Kambja_algkool, lk 120
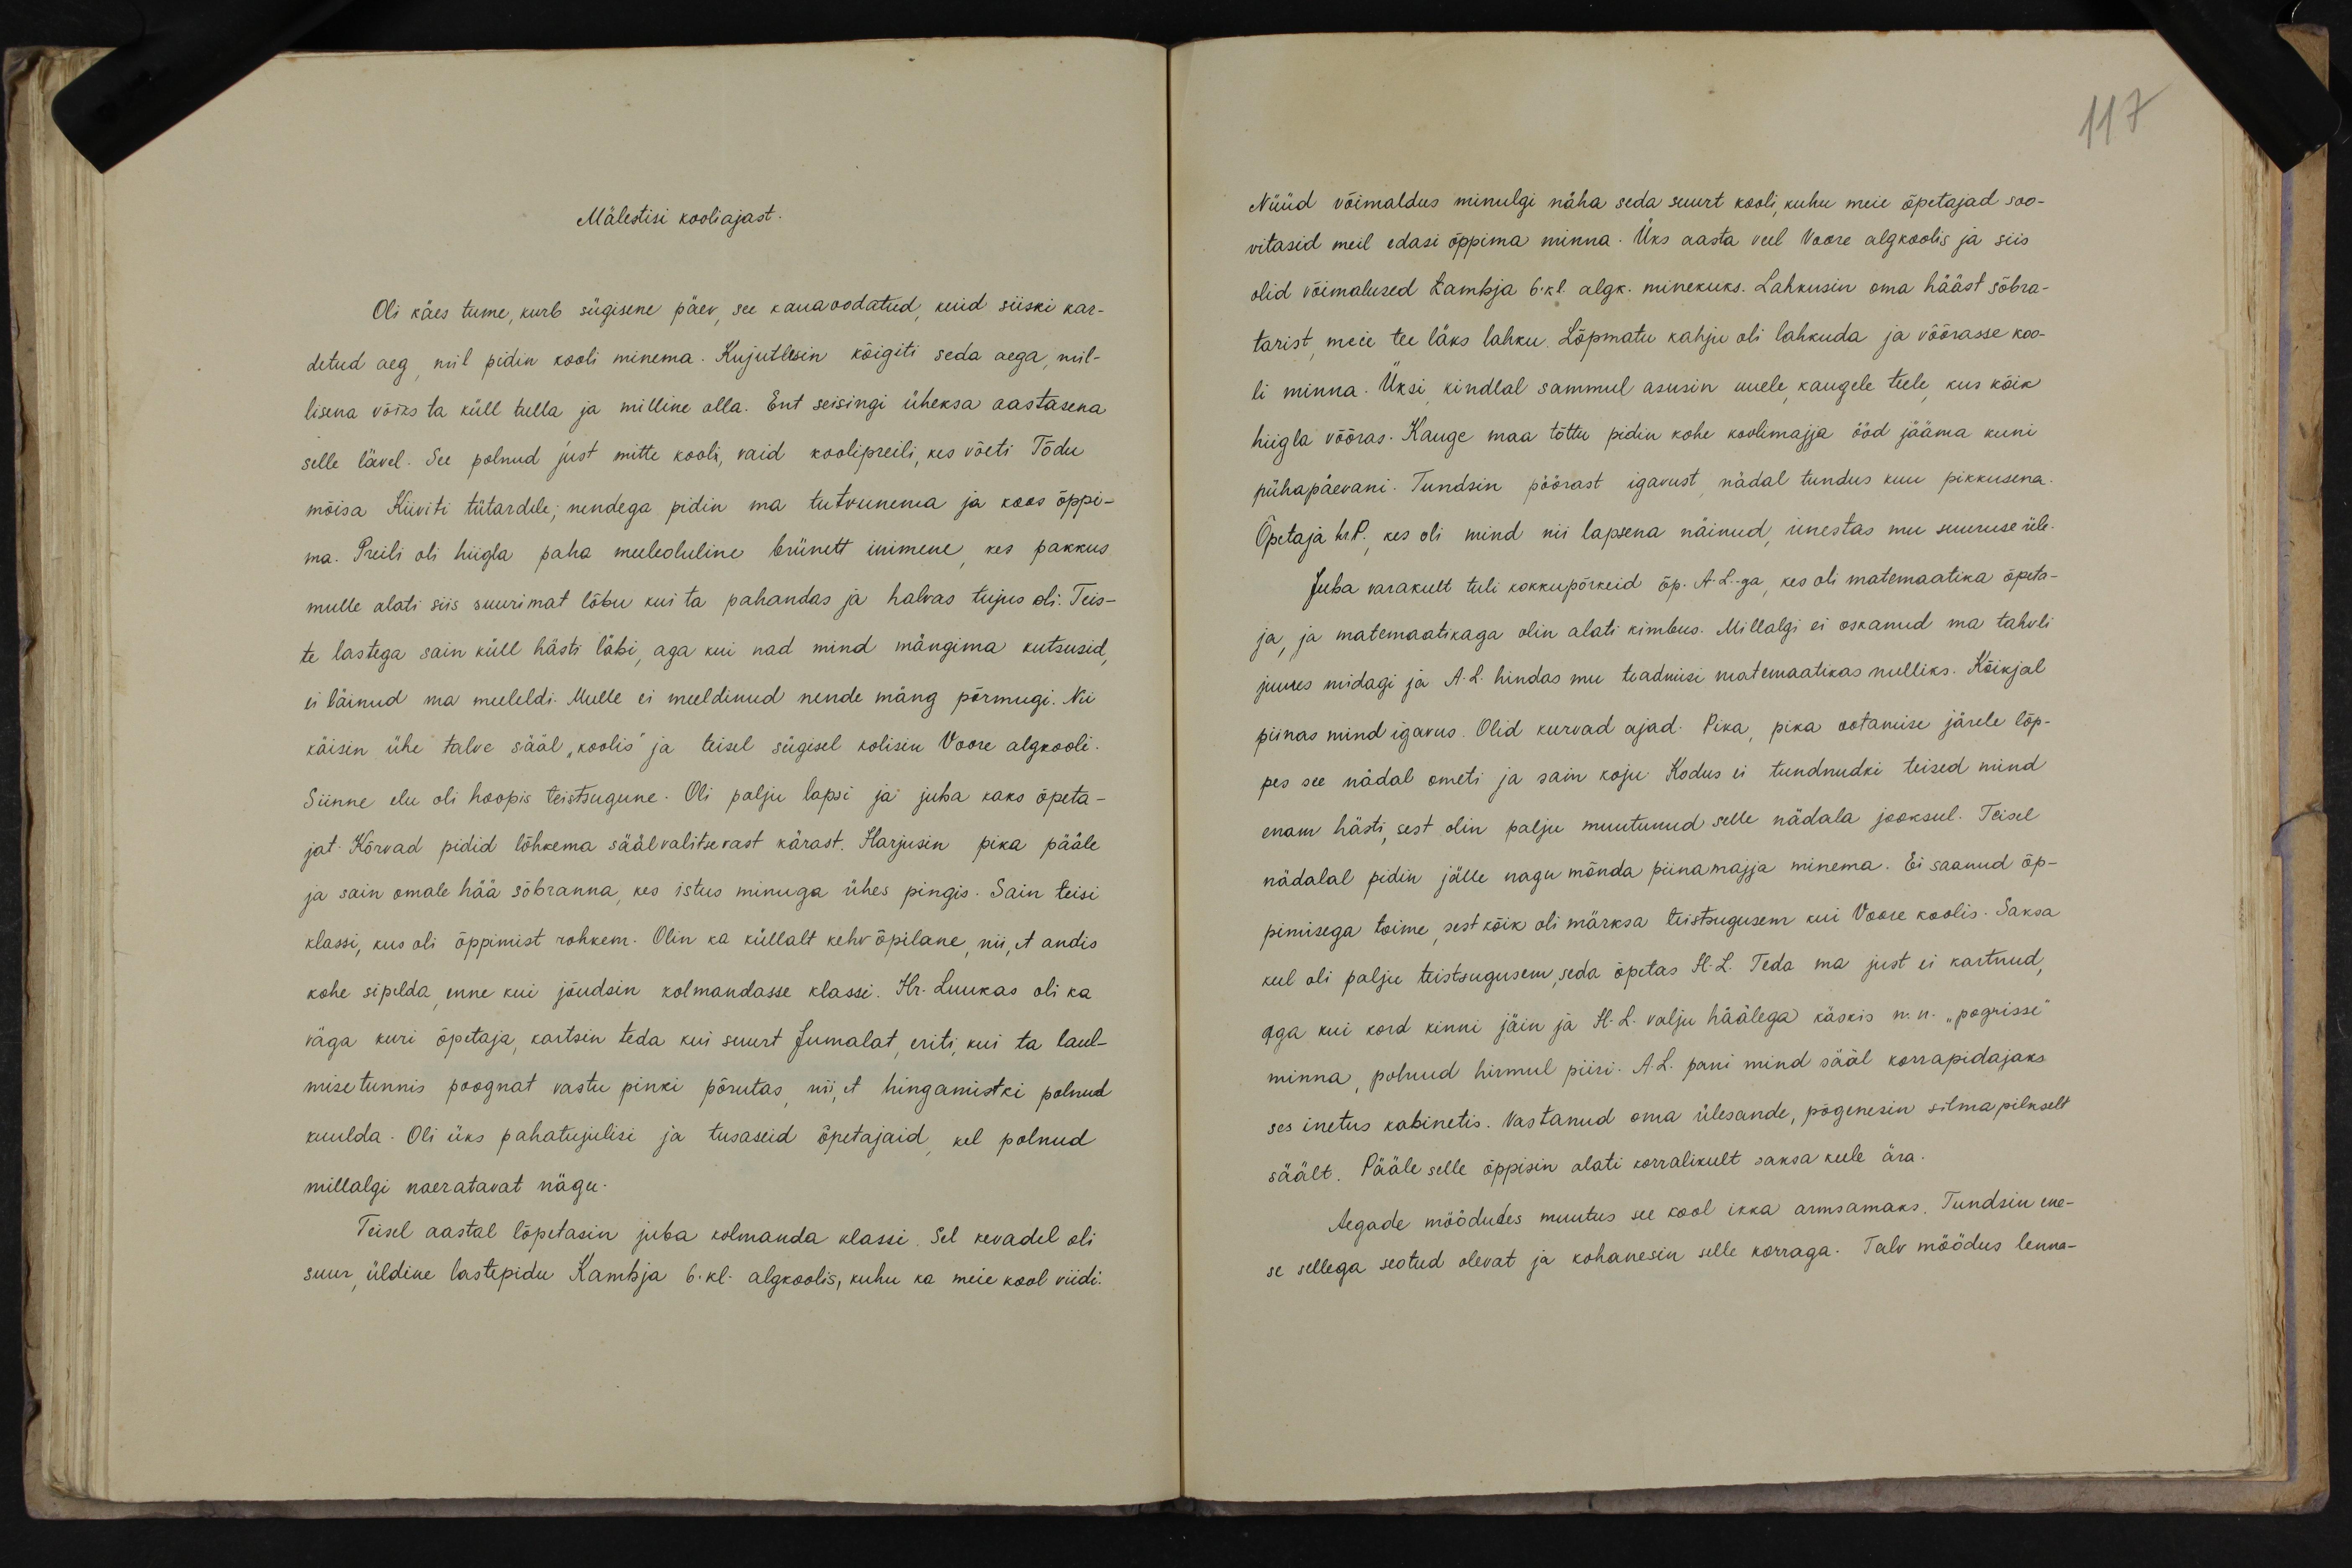
117

Mälestisi kooliajast.
Oli käes tume, kurb sügisene päev, see kauaoodatud, kuid siiski kar-
detud aeg, mil pidin kooli minema. Kujutlesin kõigiti seda aega, mil-
lisena võiks ta küll tulla ja milline olla. Ent seisingi üheksa aastasena
selle lävel. See polnud just mitte kooli, vaid koolipreili, kes võeti Tõdu
mõisa Kiiviti tütardele; nendega pidin ma tutvunema ja koos õppi-
ma. Preili oli hiigla paha meeleoluline brünett inimene, kes pakkus
mulle alati siis suurimat lõbu kui ta pahandas ja halvas tujus oli. Teis-
te lastega sain küll hästi läbi, aga kui nad mind mängima kutsusid,
ei läinud ma meeleldi. Mulle ei meeldinud nende mäng põrmugi. Nii
käisin ühe talve sääl "koolis" ja teisel sügisel kolisin Voore algkooli.
Siinne elu oli hoopis teistsugune. Oli palju lapsi ja juba kaks õpeta-
jat. Kõrvad pidid lõhkema säälvalitsevast kärast. Harjusin pika pääle
ja sain omale hää sõbranna, kes istus minuga ühes pingis. Sain teisi
klassi, kus oli õppimist rohkem. Olin ka küllalt kehv õpilane, nii, et andis
kohe sipelda, enne kui jõudsin kolmandasse klassi. Hr. Luukas oli ka-
väga kuri õpetaja, kartsin teda kui suurt Jumalat, eriti, kui ta laul-
misetunnis poognat vastu pinki põrutas, nii, et hingamistki polnud
kuulda. Oli üks pahatujulisi ja tusaseid õpetajaid, kel polnud
millalgi naeratavat nägu.
Teisel aastal lõpetasin juba kolmanda klassi. Sel kevadel oli
suur, üldine lastepidu Kambja 6.kl algkoolis, kuhu ka meie kool viidi.

Nüüd võimaldus minulgi näha seda suurt kooli, kuhu meie õpetajad soo-
vitasid meil edasi õppima minna. Üks aasta veel Voore algkoolis ja siis
olid võimalused Kambja 6. kl algk. minekuks. Lahkusin oma hääst sõbra-
tarist, meie tee läks lahku. Lõpmatu kahju oli lahkuda ja võõrasse koo-
li minna. Üksi kindlal sammul asusin uuele kaugele teele, kus kõik
hiigla võõras. Kauge maa tõttu pidin kohe koolimajja ööd jääma kuni
pühapäevani. Tundsin pöörast igavust, nädal tundus kuu pikkusena.
Õpetaja hr.P., kes oli mind nii lapsena näinud, imestas mu suuruse üle.
Juba varakult tuli kokkupõrkeid õp. A. L.-ga, kes oli matemaatika õpeta-
ja, ja matemaatikaga olin alati kimbus. Millalgi ei oskanud ma tahvli
juures midagi ja A.L. hindas mu teadmisi matemaatikas nulliks. Kõikjal
piinas mind igavus. Olid kurvad ajad. Pika, pika ootamise järele lõp-
pes see nädal ometi ja sain koju. Kodus ei tundnudki teised mind
enam hästi, sest olin palju muutunud selle nädala jooksul. Teisel
nädalal pidin jälle nagu mõnda piinamajja minema. Ei saanud õp-
pimisega toime, sest kõik oli märksa teistsugusem kui Vaare koolis. Saksa
keel oli palju teistsugusem, seda õpetas H. L. Teda ma just ei kartnud,
aga kui kord kinni jäin ja H. L. valju häälega käskis nn. "pogrisse"
minna, polnud hirmul piiri. A.L. pani mind sääl korrapidajaks
ses inetus kabinetis. Vastanud oma ülesande, põgenesin silmapilkselt
säält. Pääle selle õppisin alati korralikult saksa keele ära.
Aegade möödudes muutus see kool ikka armsamaks. Tundsin ene-
se sellega seotud olevat ja kohanesin selle korraga. Talv möödus lenna-